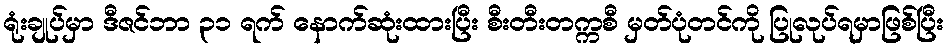
ရုံးချုပ်မှာ ဒီဇင်ဘာ ၃၁ ရက် နောက်ဆုံးထားပြီး စီးတီးတက္ကစီ မှတ်ပုံတင်ကို ပြုလုပ်ရမှာဖြစ်ပြီး